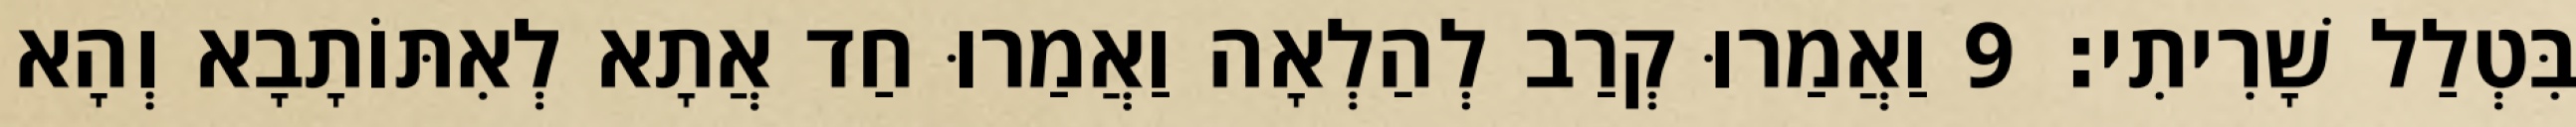
בִּטְלַל שָׁרִיתִי׃ 9 וַאֲמַרוּ קְרַב לְהַלְאָה וַאֲמַרוּ חַד אֲתָא לְאִתּוֹתָבָא וְהָא